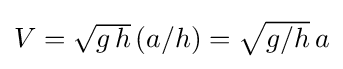
{\textstyle V={\sqrt {g\,h}}\,(a/h)={\sqrt {g/h}}\,a}